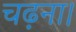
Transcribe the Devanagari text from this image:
चढ़ना।